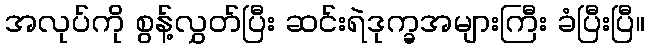
အလုပ်ကို စွန့်လွှတ်ပြီး ဆင်းရဲဒုက္ခအများကြီး ခံပြီးပြီ။